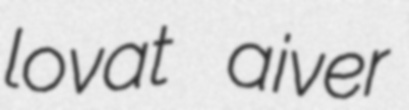
lovat aiver